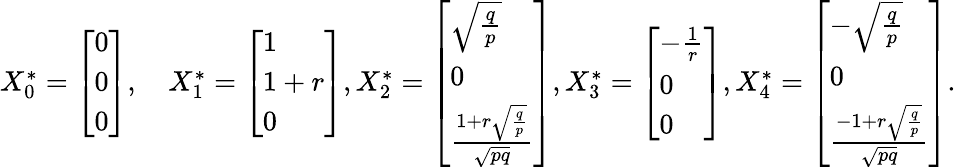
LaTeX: \begin{array}{ll}{{X}_{0}^{*}=\left[\begin{array}{l}{0}\\ {0}\\ {0}\end{array}\right],\quad{X}_{1}^{*}=\left[\begin{array}{l}{1}\\ {1+r}\\ {0}\end{array}\right],{X}_{2}^{*}=\left[\begin{array}{l}{\sqrt{\frac{q}{p}}}\\ {0}\\ {\frac{1+r\sqrt{\frac{q}{p}}}{\sqrt{{p}{q}}}}\end{array}\right],{X}_{3}^{*}=\left[\begin{array}{l}{-\frac{1}{r}}\\ {0}\\ {0}\end{array}\right],{X}_{4}^{*}=\left[\begin{array}{l}{-\sqrt{\frac{q}{p}}}\\ {0}\\ {\frac{-1+r\sqrt{\frac{q}{p}}}{\sqrt{{p}{q}}}}\end{array}\right].}\end{array}